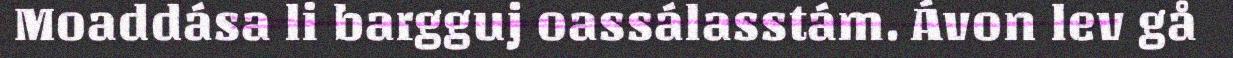
Moaddása li bargguj oassálasstám. Ávon lev gå